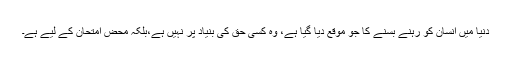
دنیا میں انسان کو رہنے بسنے کا جو موقع دیا گیا ہے، وہ کسی حق کی بنیاد پر نہیں ہے،بلکہ محض امتحان کے لیے ہے۔